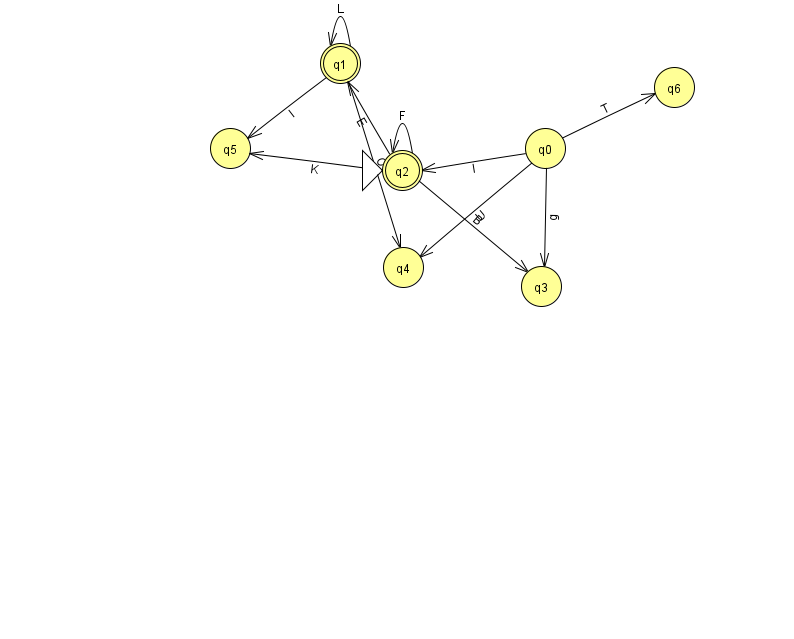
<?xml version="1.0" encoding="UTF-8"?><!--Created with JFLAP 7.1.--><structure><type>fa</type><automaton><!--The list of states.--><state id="0" name="q0"><x>545.0</x><y>135.0</y></state><state id="1" name="q1"><x>340.0</x><y>50.0</y><final/></state><state id="2" name="q2"><x>402.0</x><y>157.0</y><initial/><final/></state><state id="3" name="q3"><x>541.0</x><y>273.0</y></state><state id="4" name="q4"><x>403.0</x><y>254.0</y></state><state id="5" name="q5"><x>230.0</x><y>135.0</y></state><state id="6" name="q6"><x>674.0</x><y>74.0</y></state><!--The list of transitions.--><transition><from>2</from><to>5</to><read>K</read></transition><transition><from>0</from><to>3</to><read>g</read></transition><transition><from>0</from><to>6</to><read>T</read></transition><transition><from>2</from><to>2</to><read>F</read></transition><transition><from>2</from><to>3</to><read>B</read></transition><transition><from>0</from><to>4</to><read>U</read></transition><transition><from>1</from><to>5</to><read>l</read></transition><transition><from>2</from><to>1</to><read>E</read></transition><transition><from>1</from><to>4</to><read>O</read></transition><transition><from>1</from><to>1</to><read>L</read></transition><transition><from>0</from><to>2</to><read>I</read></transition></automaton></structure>